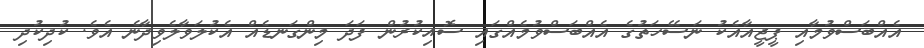
އެއްބަސްވުމާއި ޕީޖީއާއެކު ނަސޭހަތުގެ އެއްބަސްވުމެއްގައި ސޮއިކުރުން ފަދަ މިންގަނޑެއް އެކުލަވާލެވިދާނެ އެވެ. ކުދިކުދި